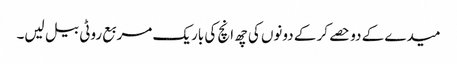
میدے کے دو حصے کر کے دونوں کی چھ انچ کی باریک مربع روٹی بیل لیں۔